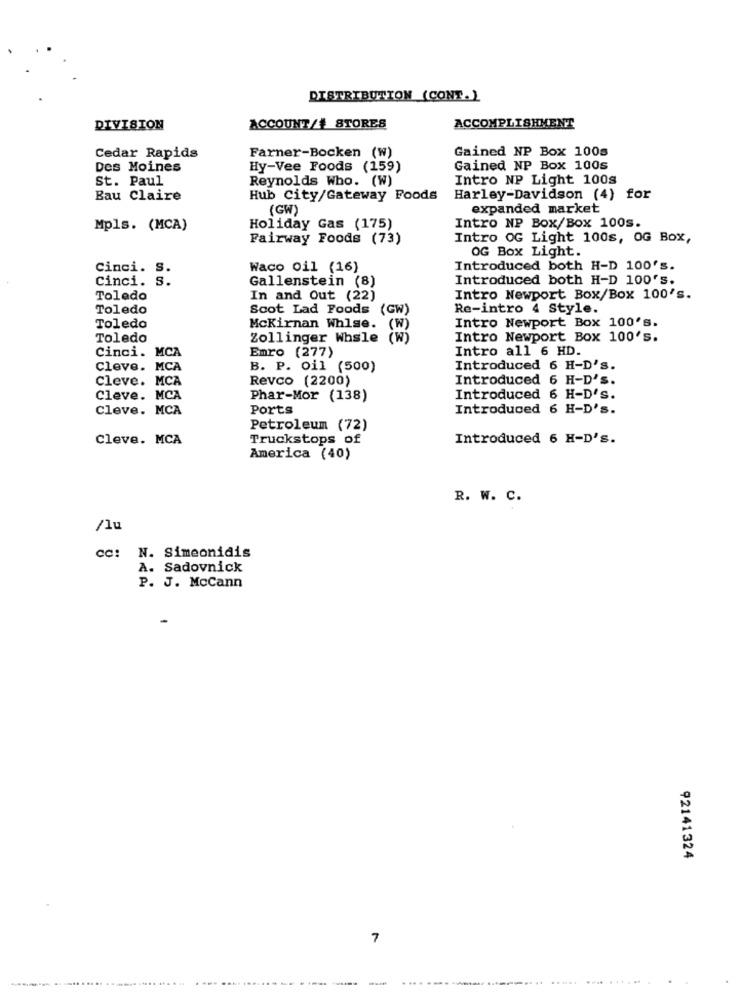
DISTRIBUTION (CONT.)
DIVISION
ACCOUNT/# STORES
ACCOMPLISHMENT
Gained NP Box 100s
Cedar Rapids
Farner-Bocken (W)
Des Moines
Hy-Vee Foods (159)
Gained NP Box 100s
St. Paul
Reynolds Who. (W)
Intro NP Light 100s
Eau Claire
Hub City/Gateway Foods
Harley-Davidson (4) for
(GW)
expanded market
Mpls. (MCA)
Holiday Gas (175)
Intro NP Box/Box 100s.
Fairway Foods (73)
Intro OG Light 100s, OG Box,
OG Box Light.
Cinci. S.
Waco oil (16)
Introduced both H-D 100's.
Cinci. S.
Gallenstein (8)
Introduced both H-D 100's.
Toledo
In and Out (22)
Intro Newport Box/Box 100's.
Toledo
Scot Lad Foods (GW)
Re-intro 4 Style.
Intro Newport Box 100's.
Toledo
McKirnan Whlse.
(W)
Toledo
Zollinger Whsle (W)
Intro Newport Box 100's.
Cinci. MCA
Emro (277)
Intro all 6 HD.
Cleve. MCA
B. P. oil (500)
Introduced 6 H-D's.
Cleve. MCA
Revco (2200)
Introduced 6 H-D'S.
Cleve. MCA
Phar-Mor (138)
Introduced 6 H-D'S.
Cleve. MCA
Ports
Introduced 6 H-D's.
Petroleum (72)
Cleve. MCA
Truckstops of
Introduced 6 H-D's.
America (40)
R. W. C.
/lu
cc: N. Simeonidis
A. Sadovnick
P. J. McCann
92141324
7
-----